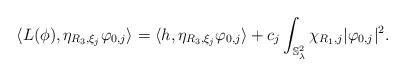
LaTeX: \begin{align*}\langle L(\phi), \eta_{R_3,\xi_j}\varphi_{0,j}\rangle =\langle h, \eta_{R_3,\xi_j}\varphi_{0,j}\rangle+c_j \int_{\mathbb{S}^2_{\lambda}}\chi_{R_1,j}|\varphi_{0,j}|^2.\end{align*}